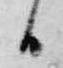
間